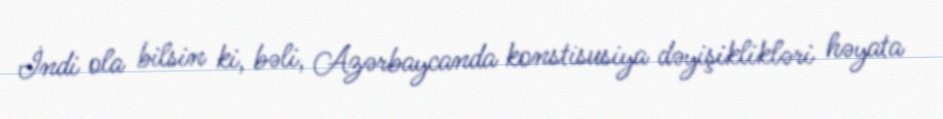
İndi ola bilsin ki, bəli, Azərbaycanda konstisusiya dəyişiklikləri həyata